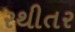
રથીતર